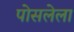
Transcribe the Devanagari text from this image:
पोसलेला